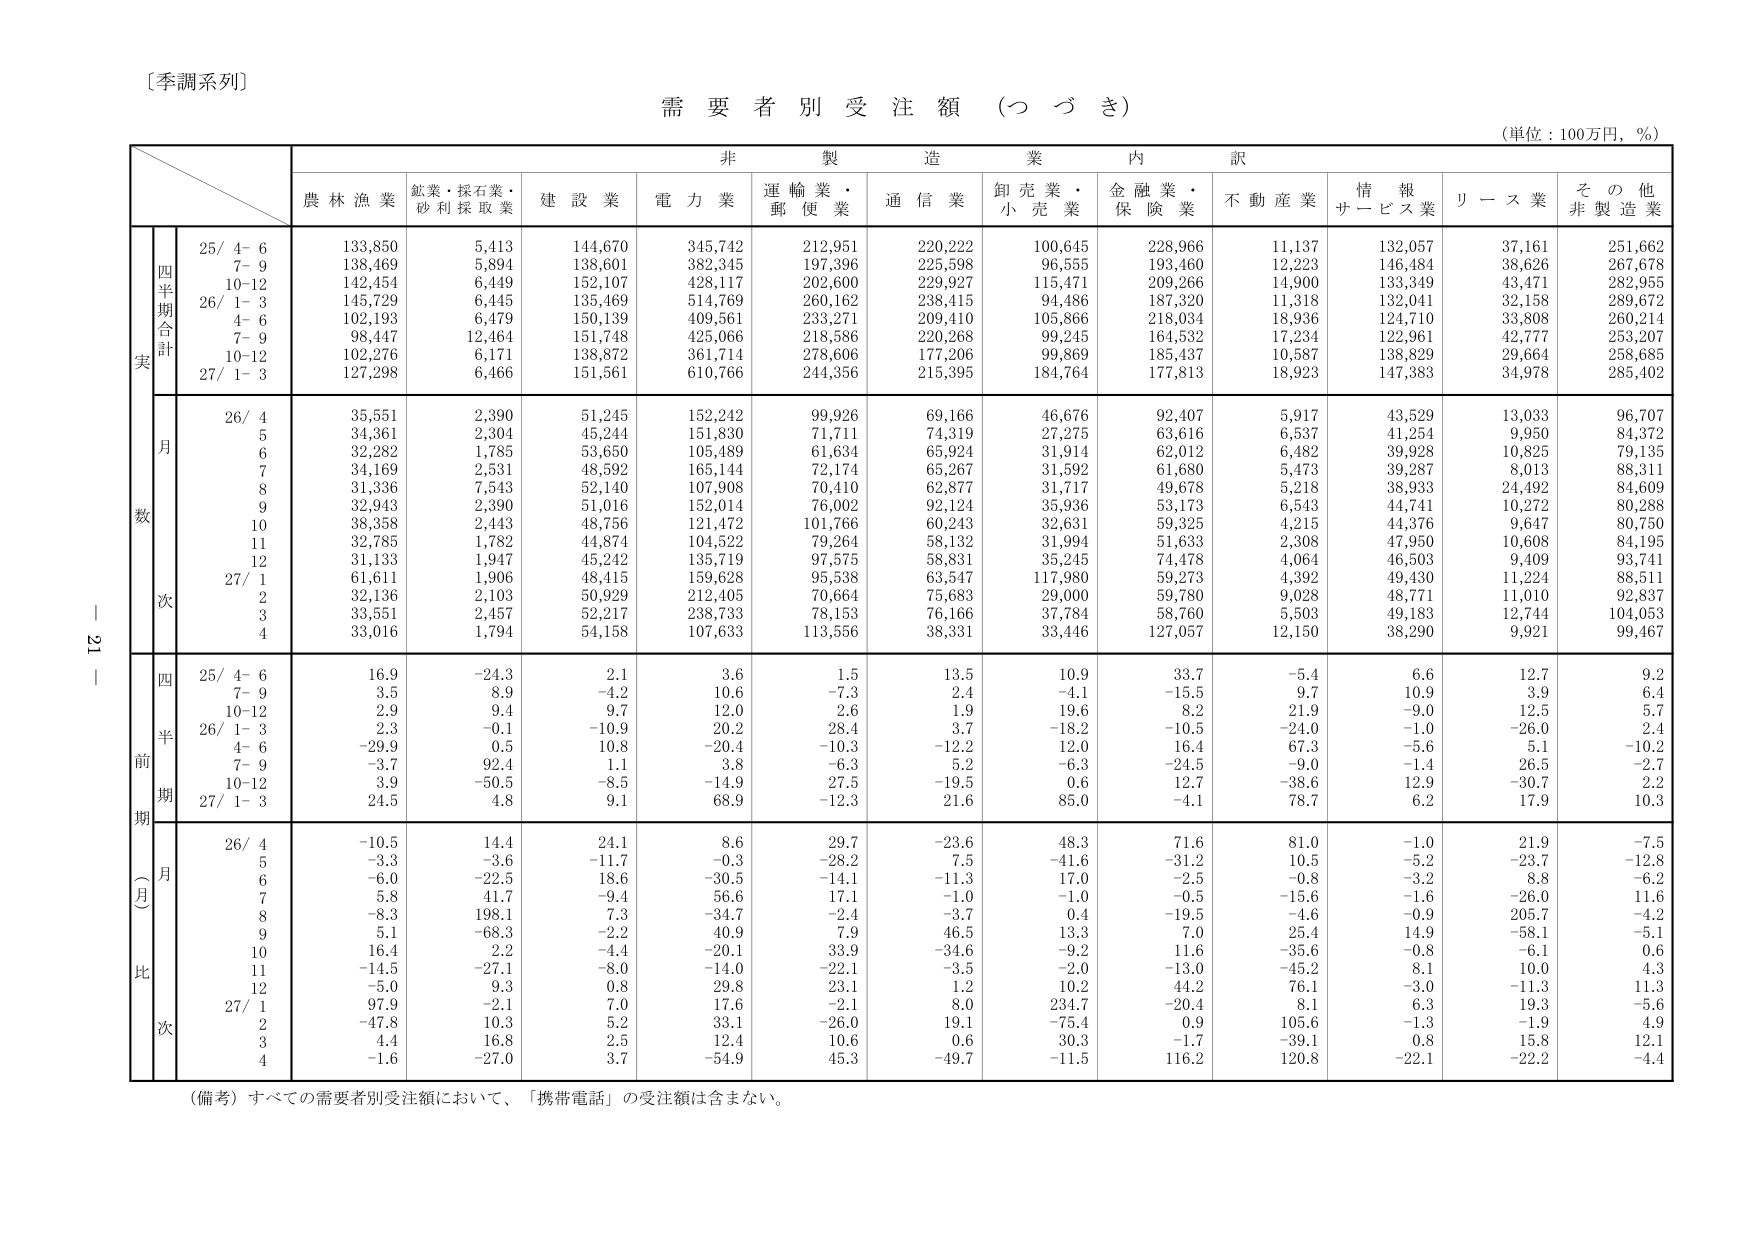
〔季調系列〕

需要者別受注額（つづき）

（単位：100万円，％）

非製造業内訳

農林漁業　鉱業・採石業・砂利採取業　建設業　電力業　運輸業・郵便業　通信業　卸売業・小売業　金融業・保険業　不動産業　情報サービス業　リース業　その他非製造業

四半期合計
実
25/ 4- 6　133,850　5,413　144,670　345,742　212,951　220,222　100,645　228,966　11,137　132,057　37,161　251,662
　　7- 9　138,469　5,894　138,601　382,345　197,396　225,598　96,555　193,460　12,223　146,484　38,626　267,678
　　10-12　142,454　6,449　152,107　428,117　202,600　229,927　115,471　209,266　14,900　133,349　43,471　282,955
26/ 1- 3　145,729　6,445　135,469　514,769　260,162　238,415　94,486　187,320　11,318　132,041　32,158　289,672
　　4- 6　102,193　6,479　150,139　409,561　233,271　209,410　105,866　218,034　18,936　124,710　33,808　260,214
　　7- 9　98,447　12,464　151,748　425,066　218,586　220,268　99,245　164,532　17,234　122,961　42,777　253,207
　　10-12　102,276　6,171　138,872　361,714　278,606　177,206　99,869　185,437　10,587　138,829　29,664　258,685
27/ 1- 3　127,298　6,466　151,561　610,766　244,356　215,395　184,764　177,813　18,923　147,383　34,978　285,402

月
数
26/ 4　35,551　2,390　51,245　152,242　99,926　69,166　46,676　92,407　5,917　43,529　13,033　96,707
　　5　34,361　2,304　45,244　151,830　71,711　74,319　27,275　63,616　6,537　41,254　9,950　84,372
　　6　32,282　1,785　53,650　105,489　61,634　65,924　31,914　62,012　6,482　39,928　10,825　79,135
　　7　34,169　2,531　48,592　165,144　72,174　65,267　31,592　61,680　5,473　39,287　8,013　88,311
　　8　31,336　7,543　52,140　107,908　70,410　62,877　31,717　49,678　5,218　38,933　24,492　84,609
　　9　32,943　2,390　51,016　152,014　76,002　92,124　35,936　53,173　6,543　44,741　10,272　80,288
　　10　38,358　2,443　48,756　121,472　101,766　60,243　32,631　59,325　4,215　44,376　9,647　80,750
　　11　32,785　1,782　44,874　104,522　79,264　58,132　31,994　51,633　2,308　47,950　10,608　84,195
　　12　31,133　1,947　45,242　135,719　97,575　58,831　35,245　74,478　4,064　46,503　9,409　93,741
27/ 1　61,611　1,906　48,415　159,628　95,538　63,547　117,980　59,273　4,392　49,430　11,224　88,511
　　2　32,136　2,103　50,929　212,405　70,664　75,683　29,000　59,780　9,028　48,771　11,010　92,837
　　3　33,551　2,457　52,217　238,733　78,153　76,166　37,784　58,760　5,503　49,183　12,744　104,053
　　4　33,016　1,794　54,158　107,633　113,556　38,331　33,446　127,057　12,150　38,290　9,921　99,467

四
半
前
期
25/ 4- 6　16.9　-24.3　2.1　3.6　1.5　13.5　10.9　33.7　-5.4　6.6　12.7　9.2
　　7- 9　3.5　8.9　-4.2　10.6　-7.3　2.4　-4.1　-15.5　9.7　10.9　3.9　6.4
　　10-12　2.9　9.4　9.7　12.0　2.6　1.9　19.6　8.2　21.9　-9.0　12.5　5.7
26/ 1- 3　2.3　-0.1　-10.9　20.2　28.4　3.7　-18.2　-10.5　-24.0　-1.0　-26.0　2.4
　　4- 6　-29.9　0.5　10.8　-20.4　-10.3　-12.2　12.0　16.4　67.3　-5.6　5.1　-10.2
　　7- 9　-3.7　92.4　1.1　3.8　-6.3　5.2　-6.3　-24.5　-9.0　-1.4　26.5　-2.7
　　10-12　3.9　-50.5　-8.5　-14.9　27.5　-19.5　0.6　12.7　-38.6　12.9　-30.7　2.2
27/ 1- 3　24.5　4.8　9.1　68.9　-12.3　21.6　85.0　-4.1　78.7　6.2　17.9　10.3

（月）
比
26/ 4　-10.5　14.4　24.1　8.6　29.7　-23.6　48.3　71.6　81.0　-1.0　21.9　-7.5
　　5　-3.3　-3.6　-11.7　-0.3　-28.2　7.5　-41.6　-31.2　10.5　-5.2　-23.7　-12.8
　　6　-6.0　-22.5　18.6　-30.5　-14.1　-11.3　17.0　-2.5　-0.8　-3.2　8.8　-6.2
　　7　5.8　41.7　-9.4　56.6　17.1　-1.0　-1.0　-0.5　-15.6　-1.6　-26.0　11.6
　　8　-8.3　198.1　7.3　-34.7　-2.4　-3.7　0.4　-19.5　-4.6　-0.9　205.7　-4.2
　　9　5.1　-68.3　-2.2　40.9　7.9　46.5　13.3　7.0　25.4　14.9　-58.1　-5.1
　　10　16.4　2.2　-4.4　-20.1　33.9　-34.6　-9.2　11.6　-35.6　-0.8　-6.1　0.6
　　11　-14.5　-27.1　-8.0　-14.0　-22.1　-3.5　-2.0　-13.0　-45.2　8.1　10.0　4.3
　　12　-5.0　9.3　0.8　29.8　23.1　1.2　10.2　44.2　76.1　-3.0　-11.3　11.3
27/ 1　97.9　-2.1　7.0　17.6　-2.1　8.0　234.7　-20.4　8.1　6.3　19.3　-5.6
　　2　-47.8　10.3　5.2　33.1　-26.0　19.1　-75.4　0.9　105.6　-1.3　-1.9　4.9
　　3　4.4　16.8　2.5　12.4　10.6　0.6　30.3　-1.7　-39.1　0.8　15.8　12.1
　　4　-1.6　-27.0　3.7　-54.9　45.3　-49.7　-11.5　116.2　120.8　-22.1　-22.2　-4.4

（備考）すべての需要者別受注額において、「携帯電話」の受注額は含まない。

－ 21 －